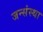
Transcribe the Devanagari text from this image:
जन्संस्था